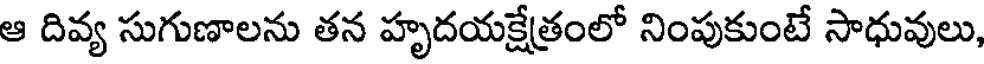
ఆ దివ్య సుగుణాలను తన హృదయక్షేత్రంలో నింపుకుంటే సాధువులు,